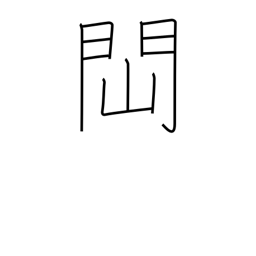
Meaning: to be obstructed